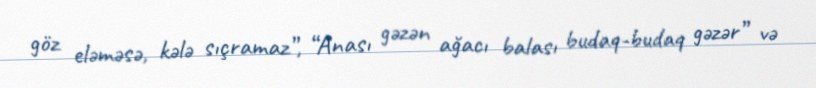
göz eləməsə, kələ sıçramaz”, “Anası gəzən ağacı balası budaq-budaq gəzər” və